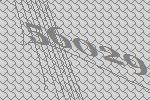
56029